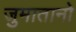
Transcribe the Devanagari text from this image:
जुमातानो